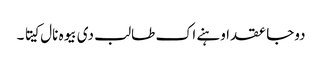
دوجا عقد اوہنے اک طالب دی بیوہ نال کیتا ۔